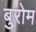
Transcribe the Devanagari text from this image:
बुरोम